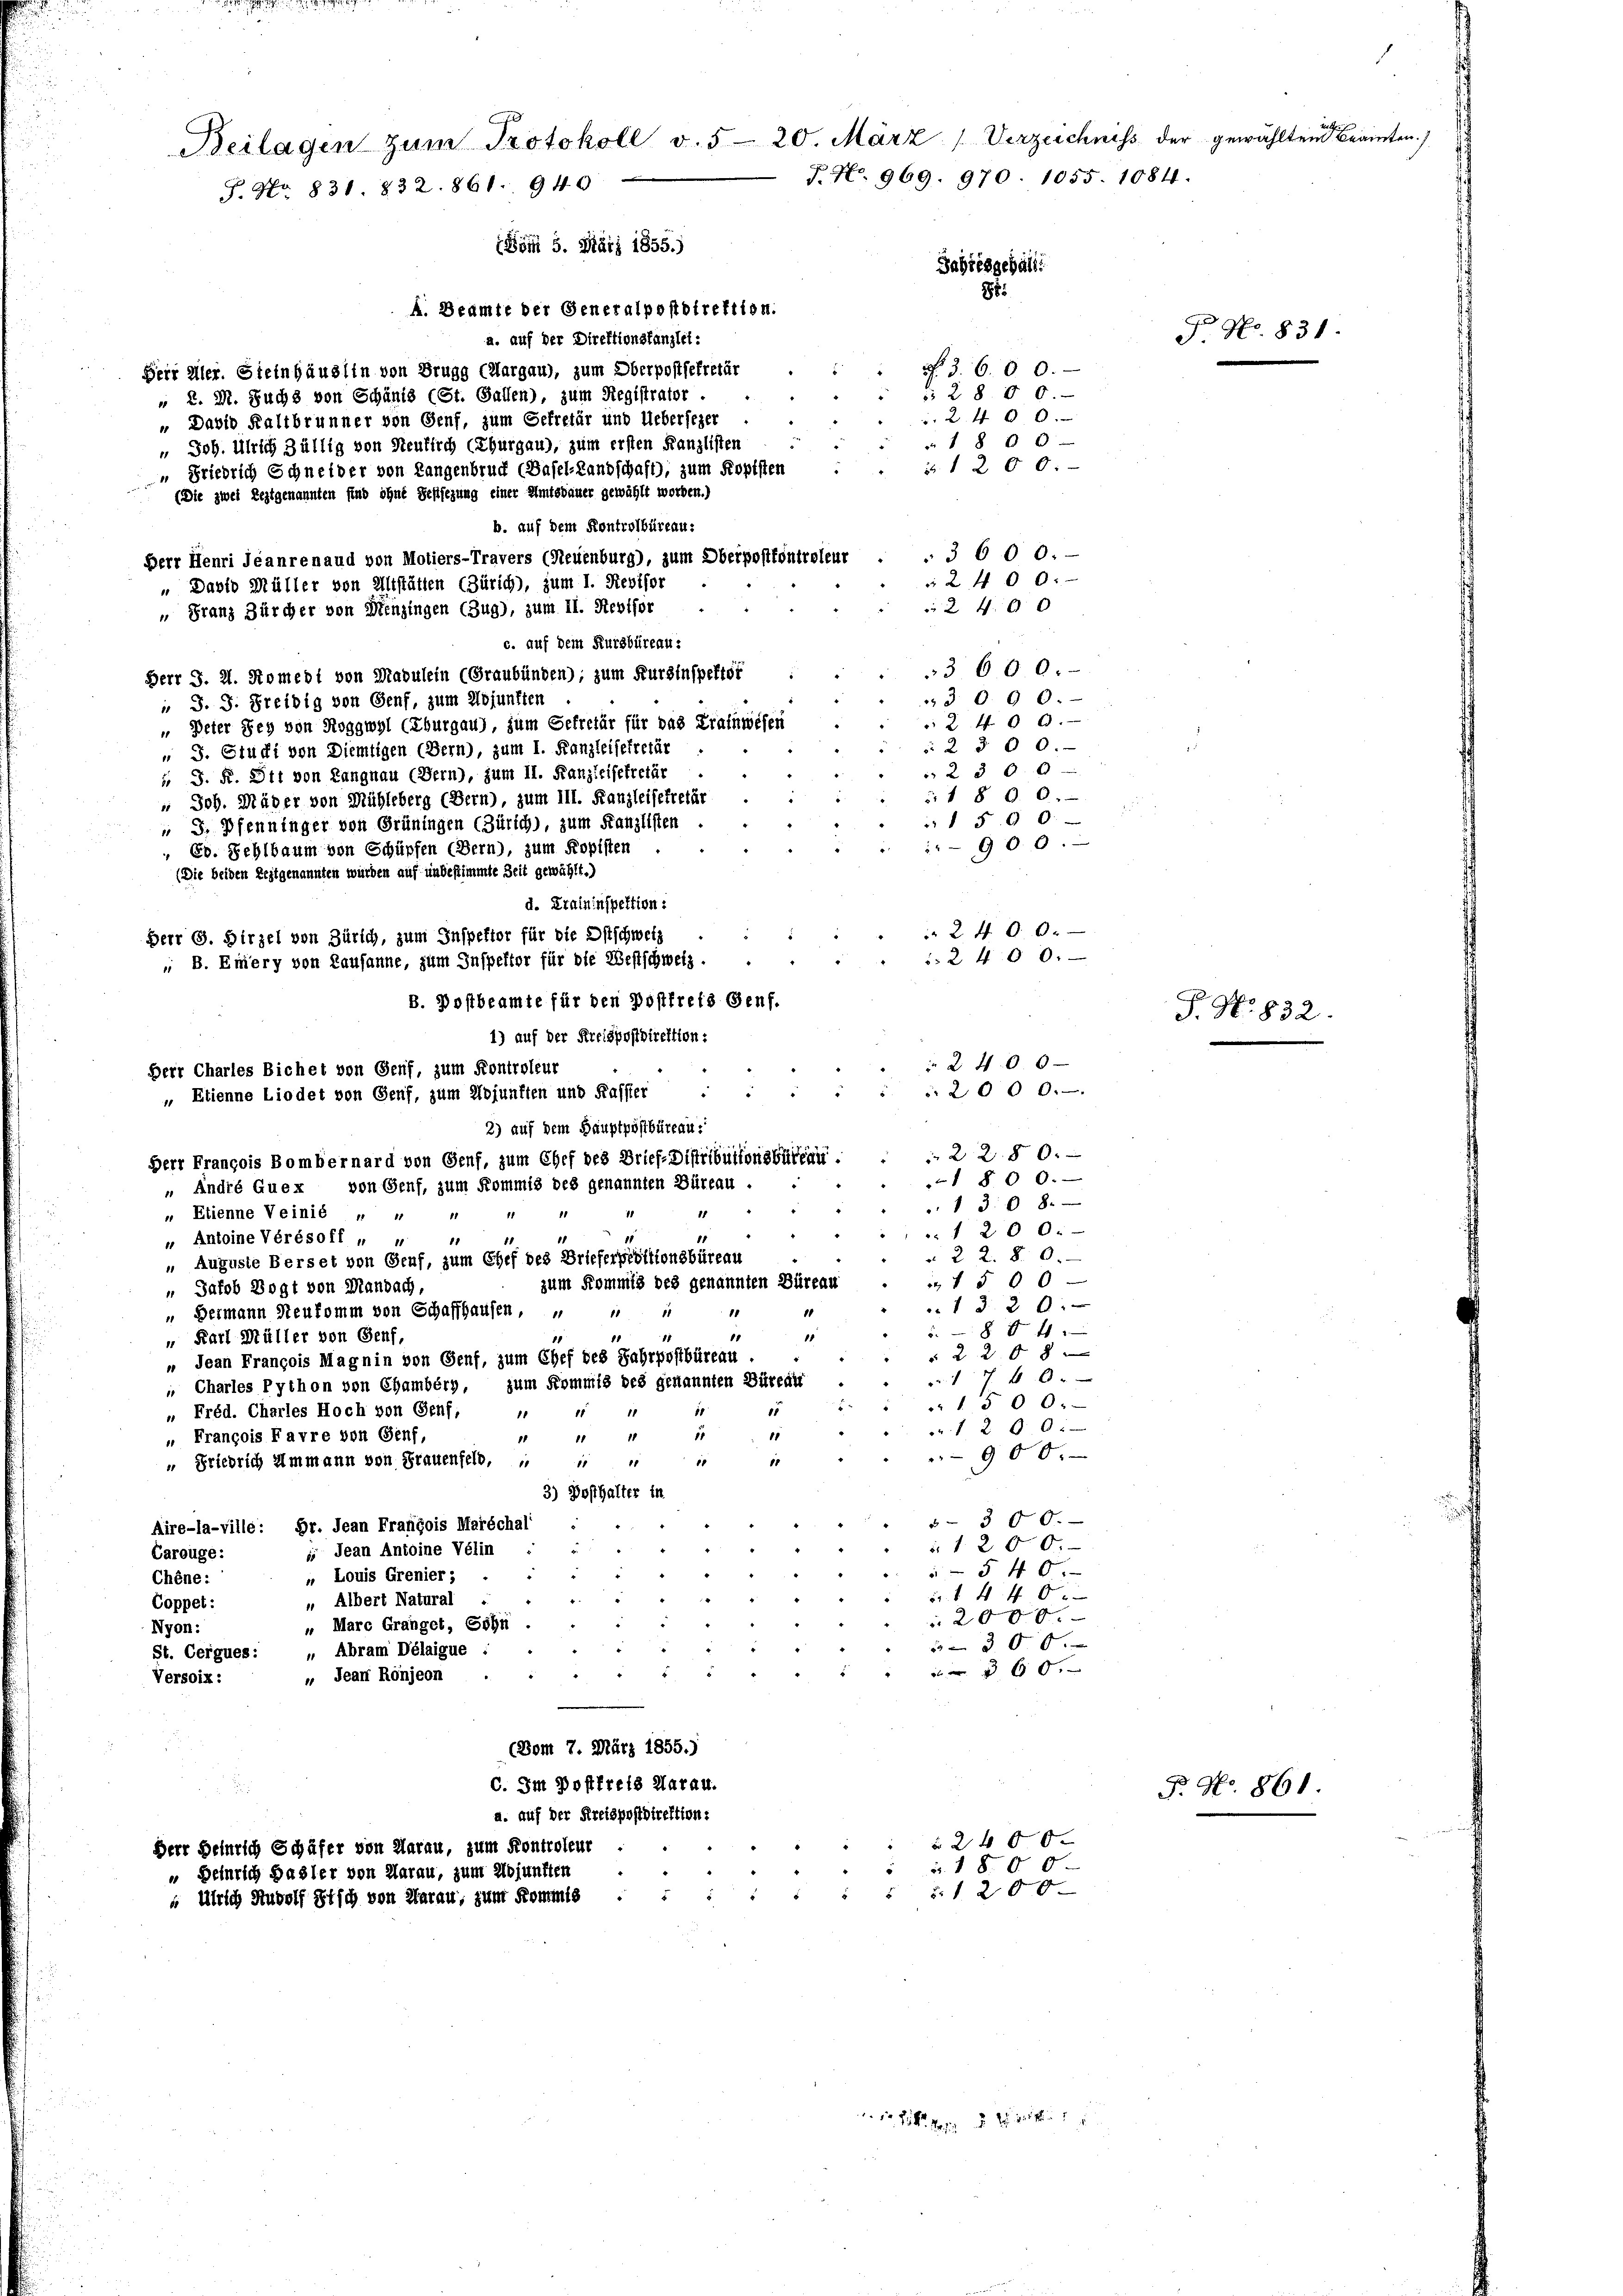
Beilagen zum Protokoll v. 520. März (Verzeichniss der gewählten Beamten)
J. No. 969. 970. 1055. 1084.
P. Nr. 831. 832. 861. 940
(Böm 5. März 1855.)
Jahresgebäll
88:

A. Beamte der Generalpostdirektion.
a. auf der Direktionskanzlei:
Herr Aller. Steinhäuslin von Brugg (Aargau), zum Oberpostfekretär
 Z. M. Suchs von Schanis (St. Gallen), zum Registrator .
„ Davio Kaltbrunner von Genf, zum Gefretär und Uebersezer
" Joh. Ulrich Zällig von Steutlich (Thurgau), zum ersten Kanzlisten
“ Friedrich Schneider von Langenbruch (Basel-Landschaft), zum Kopisten
(Die zwei Leztgenannten find ohne Festsezung einer Amtsbauer gewählt worden.)
Herr J. 21. Somedt von Mabulein (Graubünden); zum Kursinspektor
 J. J. Freibig von Genf, zum Adjunkten
" Peter Sey von Roggwyl (Thurgau), zum Gefretär für das Kraftwesen
 J. Stucki von Diemtigen (Bern), zum I. Kanzleisekretär
5 J. R. Sti von Langnau (Bern), zum II. Kanzleisekretär
 Joh. Mäder von Mühleberg (Bern), zum III. Kanzleisekretär
 5. Pfenninger von Grüningen (Zürich), zum Kanzlisten .
 Ed. Fehlbaum von Schüpfen (Bern), zum Kopisten
(Die beiden Reitgenannten wurden auf unbestimmte Zeit gewählt.)
d. Kraininspektion:
B. Postbeamte für den Postfreis Genf.
1) auf der Preispostdirektion:
Herr Chartes Bichel von Genf, zum Kontroleur
„ Etienne Liodet von Genf, zum Hojunften und Kassier
2) auf dem Hauptpostbüreau:
Herr François Bombernard von Genf, zum Chef des Brief-Distributionsbüreau.
“ André Quex, von Genf, zum Kommis des genannten Büreau.
„ Etienne Veinié „ 4
11
11
" Antoine Vérésoff „ „
Auguste Berset von Genf, zum Chef des Brieferpiottionsbüreau
11
zum Kommis des genannten Büreau
Safob Vogt von Mandach,
1
10
" Dermann Neukomm von Schaffhausen, " " "
88 x
11
10
1
 Karl Müller von Genf,
1
2 208 x
„ Jean François Magnin von Genf, zum Chef des Jahrpostbüreau
17 f 0 x
 Charles Python von Chamberg, zum Kommis des genannten Büreau
1500.
11
„ Fréd. Charles Hoch von Genf, „
1
 1200.
15
15
11
" François Favre von Genf,
11
1
900.
 Friedrich Ammann von Frauenfeld,
1111
10
11
3) Posthalter in
5-300.
Aire-la-ville: Dr. Jean François Maréchal
1200.

 Jean Antoine Velin
Carouge:
540.
5
„ Louis Grenier;
Chêne:
4 40 x
 de
" Albert Natural
Coppet:
 2000.
„ Marc Granget, Sohn .
Nyon:
300
St. Cergues: „Abram Délaigue
"60
„ Jean Ronjeon
Versoix:
(Dom 7. März 1855.)

b. auf dem Kontrolbüreau:
Herr Henri Jeanrenaud von Moliers-Travers (Neuenburg), zum Oberpostkontroleur
„ Davio Müller von Altstätten (Zürich), zum 1. Revisor
" Franz Zürcher von Menzingen (Zug), zum II. Restfor
c. auf dem Kursbüreau-

Herr G. Hirzel von Zürich, zum Inspektor für die Ostschweiz
 B. Eiery von Lausanne, zum Inspektor für die Westschweiz.

C. Im Postfreis Marau.
a. auf der Kreispostdirektion:
 2400
Herr Beinrich Schäfer von Aarau, zum Kontroleur
i. 1800.
“ Heinrich Basler von Aarau, zum Adjunkten
5 § 1200
s
 ührlich Rudolf Pisch von Aarau, zum Kommis

N. 3. 600.
§ 28 50.
2400.
18 00

3 000.
2 40 x
§ 2300.
 2300
18 00.
15 90.

§ 1200.
900.
2400.
2400.
 2400
2000.
22.50.
1 800.
1308.
1200.
" 22. 80.
 15 00
.1320:

3 600.
 2400.
24 00

12. Sie mit

3 600.

P. Nr. 831.

P. No. 832.

F. No. 861.